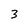
Character: 3